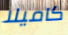
كاميلا